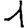
Digit: 1